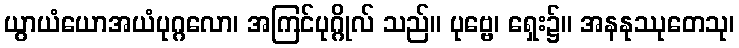
ယွာယံယောအယံပုဂ္ဂလော၊ အကြင်ပုဂ္ဂိုလ် သည်။ ပုဗ္ဗေ၊ ရှေး၌။ အနနုဿုတေသု၊